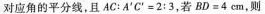
对应角的平分线，且AC：A‘C’=2:3，若BD=4cm,则